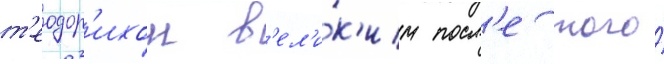
т'еодор'ихом в'ел'и́к'им посл'е того́